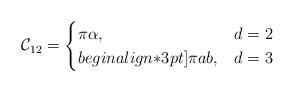
LaTeX: \begin{align*} \mathcal{C}_{12}=\begin{cases}\pi \alpha , & d=2\\begin{align*}3pt]\pi a b , & d=3\end{cases}\end{align*}